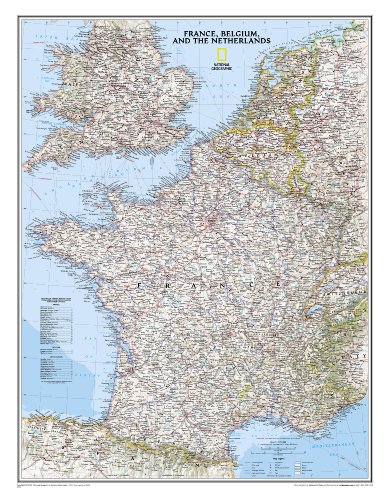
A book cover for France, Belgium, and The Netherlands Classic [Laminated] (National Geographic Reference Map); National Geographic Maps - Reference; Travel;